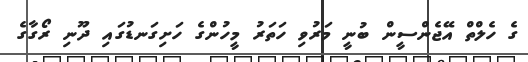
ގެ ހެލްތް އޭޖެންސީން ބުނީ މަރުވި ހަތަރު މީހުންގެ ހަށިގަނޑުގައި ދޫނި ރޯގާގެ